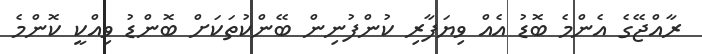
ރާއްޖޭގެ އެންމެ ބޮޑު އެއް ވިޔަފާރި ކުންފުނިން ބޭންކުތަކަށް ބޮންޑު ވިއްކީ ކޮންމެ